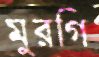
মুরগি